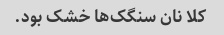
کلا نان سنگک‌ها خشک بود.